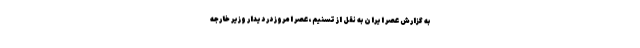
به گزارش عصر ایران به نقل از تسنیم، عصر امروز در دیدار وزیر خارجه